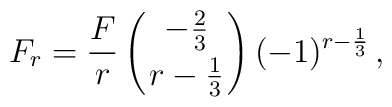
F_r={F\over r}\left({-{2\over 3}\atop r-{1\over 3}}\right)(-1)^{r-{1\over3}}\,,